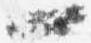
一